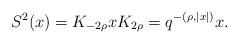
LaTeX: \begin{align*} S^2(x)=K_{-2\rho }xK_{2\rho }= q^{-(\rho ,|x|)}x. \end{align*}